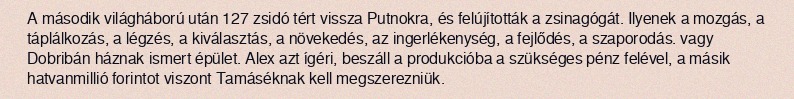
A második világháború után 127 zsidó tért vissza Putnokra, és felújították a zsinagógát. Ilyenek a mozgás, a táplálkozás, a légzés, a kiválasztás, a növekedés, az ingerlékenység, a fejlődés, a szaporodás. vagy Dobribán háznak ismert épület. Alex azt ígéri, beszáll a produkcióba a szükséges pénz felével, a másik hatvanmillió forintot viszont Tamáséknak kell megszerezniük.